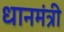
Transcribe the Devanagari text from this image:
धानमंत्री